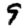
Digit: 9